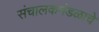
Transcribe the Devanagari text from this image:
संचालकमंडळाचे